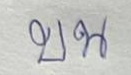
บน